Report of the Bombay Veterinary College
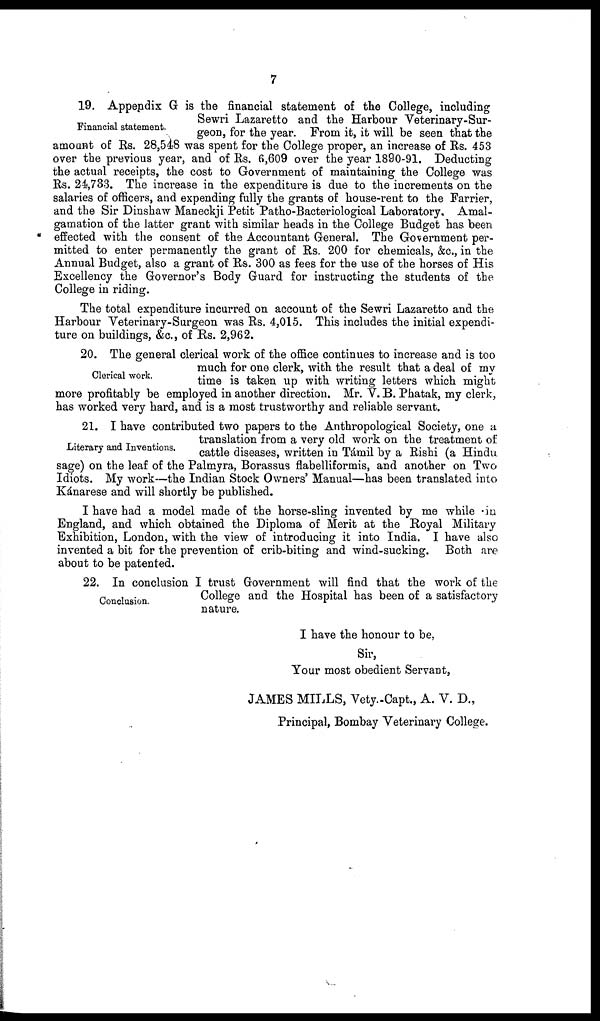
7
Financial statement.
19. Appepdix G is the financial statement of the College, including
Sewri Lazaretto and the Harbour Veterinary-Sur-
geon, for the year. From it, it will be seen that the
amount of Rs. 28,548 was spent for the College proper, an increase of Rs. 453
over the previous year, and of Rs. 6,609 over the year 1890-91. Deducting
the actual receipts, the cost to Government of maintaining the College was
Rs. 24,733. The increase in the expenditure is due to the increments on the
salaries of officers, and expending fully the grants of house-rent to the Farrier,
and the Sir Dinshaw Maneckji Petit Patho-Bacteriological Laboratory, Amal-
gamation of the latter grant with similar heads in the College Budget has been
effected with the consent of the Accountant General. The Government per-
mitted to enter permanently the grant of Rs. 200 for chemicals, &c, in the
Annual Budget, also a grant of Rs. 300 as fees for the use of the horses of His
Excellency the Governor's Body Guard for instructing the students of the
College in riding.
The total expenditure incurred on account of the Sewri Lazaretto and the
Harbour Veterinary-Surgeon was Rs. 4,015. This includes the initial expendi-
ture on buildings, &c., of Rs. 2,962.
Clerical work.
20. The general clerical work of the office continues to increase and is too
much for one clerk, with the result that a deal of my
time is taken up with writing letters which might
more profitably be employed in another direction. Mr. V. B. Phatak, my clerk,
has worked very hard, and is a most trustworthy and reliable servant.
Literary and Inventions.
21. I have contributed two papers to the Anthropological Society, one a
translation from a very old work on the treatment of
cattle diseases, written in Támil by a Rishi (a Hindu
sage) on the leaf of the Palmyra, Borassus flabelliformis, and another on Two
Idiots. My work—the Indian Stock Owners' Manual—has been translated into
Kánarese and will shortly be published.
Conclusion.
I have had a model made of the horse-sling invented by me while in
England, and which obtained the Diploma of Merit at the Royal Military
Exhibition, London, with the view of introducing it into India. I have also
invented a bit for the prevention of crib-biting and wind-sucking. Both are
about to be patented.
22. In conclusion I trust Government will find that the work of the
College and the Hospital has been of a satisfactory
nature.
I have the honour to be,
Sir,
Your most obedient Servant,
JAMES MILLS, Vety.-Capt., A. V. D.,
Principal, Bombay Veterinary College.